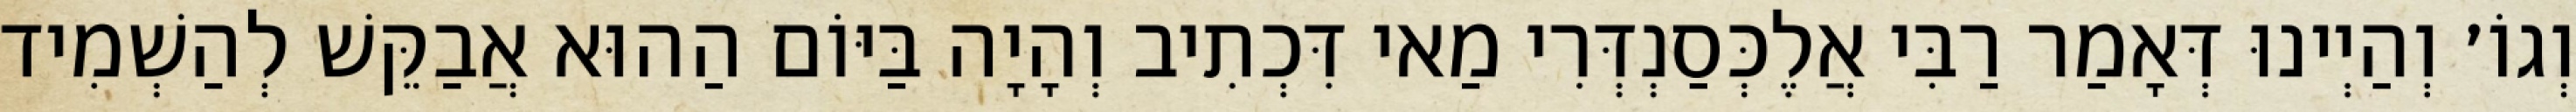
וְגוֹ׳ וְהַיְינוּ דְּאָמַר רַבִּי אֲלֶכְּסַנְדְּרִי מַאי דִּכְתִיב וְהָיָה בַּיּוֹם הַהוּא אֲבַקֵּשׁ לְהַשְׁמִיד